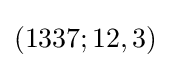
(1337;12,3)